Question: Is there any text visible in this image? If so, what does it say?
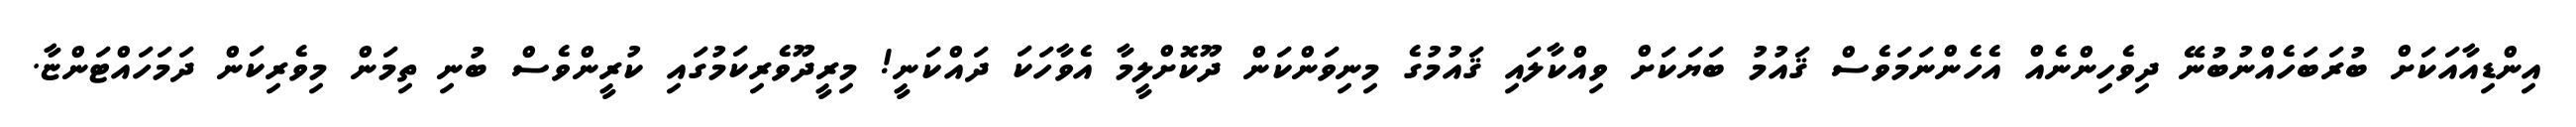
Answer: އިންޑިއާއަކަށް ބުރަބަހެއްނުބުނޭ ދިވެހިންނެއް އެހެންނަމަވެސް ޤައުމު ބަޔަކަށް ވިއްކާލައި ޤައުމުގެ މިނިވަންކަން ދޫކޮށްލީމާ އެވާހަކަ ދައްކަނީ! މިރީދޫވެރިކަމުގައި ކުރީންވެސް ބުނި ތިމަން މިވެރިކަން ދަމަހައްޓަންޏާ.